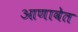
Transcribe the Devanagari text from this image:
आणावेत